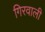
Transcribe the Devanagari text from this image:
गिरवाली